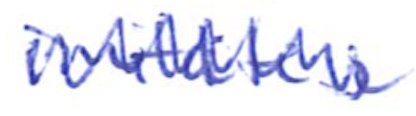
Text: imitates
Cross-out: zig-zag
Writing tool: ballpoint